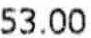
53.00